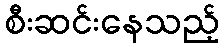
စီးဆင်းနေသည့်